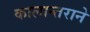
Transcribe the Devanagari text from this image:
कालान्तराने